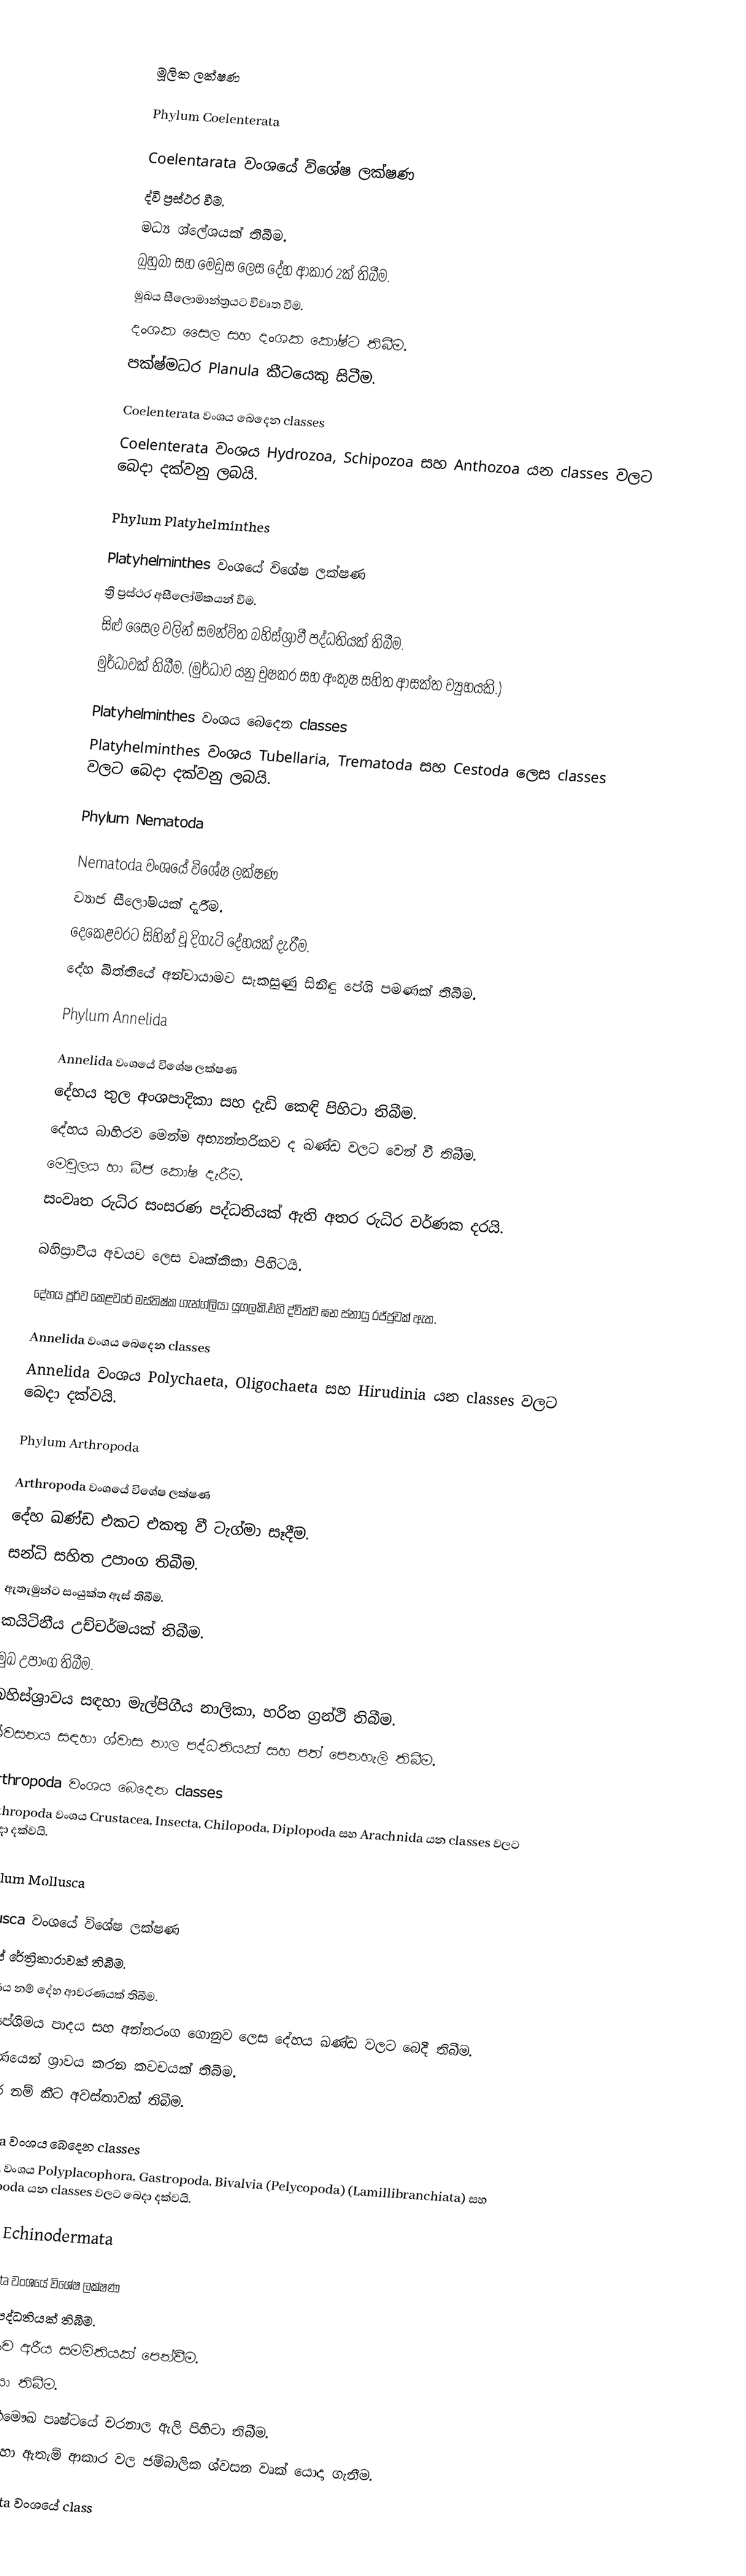

මූලික ලක්ෂණ

Phylum Coelenterata

Coelentarata වංශයේ විශේෂ ලක්ෂණ
ද්වි ප්‍රස්ථර වීම.
මධ්‍ය ශ්ලේශයක් තිබීම.
බුහුබා සහ මෙඩුස ලෙස දේහ ආකාර 2ක් තිබීම.
මුඛය සීලොමාන්ත්‍රයට විවෘත වීම.
දංශක සෛල සහ දංශක කෝෂ්ට තිබීම.
පක්ෂ්මධර Planula කීටයෙකු සිටීම.

Coelenterata වංශය බෙදෙන classes
Coelenterata වංශය Hydrozoa, Schipozoa සහ Anthozoa යන classes වලට බෙදා දක්වනු ලබයි.

Phylum Platyhelminthes

Platyhelminthes වංශයේ විශේෂ ලක්ෂණ
ත්‍රි ප්‍රස්ථර අසීලෝමිකයන් වීම.
සිළු සෛල වලින් සමන්විත බහිස්ශ්‍රාවී පද්ධතියක් තිබීම.
මුර්ධාවක් තිබීම. (මුර්ධාව යනු චුෂකර සහ අංකුෂ සහිත ආසක්ත ව්‍යුහයකි.)

Platyhelminthes වංශය බෙදෙන classes
Platyhelminthes වංශය Tubellaria, Trematoda සහ Cestoda ලෙස classes වලට බෙදා දක්වනු ලබයි.

Phylum Nematoda

Nematoda වංශයේ විශේෂ ලක්ෂණ
ව්‍යාජ සීලෝමයක් දැරීම.
දෙකෙළවරට සිහින් වූ දිගැටි දේහයක් දැරීම.
දේහ බිත්තියේ අන්වායාමව සැකසුණු සිනිඳු පේශි පමණක් තිබීම.

Phylum Annelida

Annelida වංශයේ විශේෂ ලක්ෂණ
දේහය තුල අංශපාදිකා සහ දැඩි කෙඳි පිහිටා තිබීම.
දේහය බාහිරව මෙන්ම අභ්‍යන්තරිකව ද ඛණ්ඩ වලට වෙන් වී තිබීම.
මෙවුලය හා බීජ කෝෂ දැරීම.
සංවෘත රුධිර සංසරණ පද්ධතියක් ඇති අතර රුධිර වර්ණක දරයි.

බහිස්‍රාවීය අවයව ලෙස වෘක්කිකා පිහිටයි.

දේහය පූර්ව කෙළවරේ මස්තිෂ්ක ගැන්ග්ලියා යුගලකි.එහි ද්විත්ව ඝන ස්නායු රජ්ජුවක් ඇත.

Annelida වංශය බෙදෙන classes
Annelida වංශය Polychaeta, Oligochaeta සහ Hirudinia යන classes වලට බෙදා දක්වයි.

Phylum Arthropoda

Arthropoda වංශයේ විශේෂ ලක්ෂණ
දේහ ඛණ්ඩ එකට එකතු වී ටැග්මා සෑදීම.
සන්ධි සහිත උපාංග තිබීම.
ඇතැමුන්ට සංයුක්ත ඇස් තිබීම.
කයිටිනීය උච්චර්මයක් තිබීම.
මුඛ උපාංග තිබීම.
බහිස්ශ්‍රාවය සඳහා මැල්පිගීය නාලිකා, හරිත ග්‍රන්ථි තිබීම.
ශ්වසනය සඳහා ශ්වාස නාල පද්ධතියක් සහ පත් පෙනහැලි තිබීම.

Arthropoda වංශය බෙදෙන classes
Arthropoda වංශය Crustacea, Insecta, Chilopoda, Diplopoda සහ Arachnida යන classes වලට බෙදා දක්වයි.

Phylum Mollusca

Mollusca වංශයේ විශේෂ ලක්ෂණ
මුඛයේ රේත්‍රිකාරාවක් තිබීම.
ප්‍රවරණය නම් දේහ ආවරණයක් තිබීම.
හිස, පේශිමය පාදය සහ අන්තරංග ගොනුව ලෙස දේහය ඛණ්ඩ වලට බෙදී තිබීම.
ප්‍රාවරණයෙන් ශ්‍රාවය කරන කවචයක් තිබීම.
වෙලිජර් නම් කීට අවස්තාවක් තිබීම.

Mollusca වංශය බෙදෙන classes
Mollusca වංශය Polyplacophora, Gastropoda, Bivalvia (Pelycopoda) (Lamillibranchiata) සහ Cephalopoda යන classes වලට බෙදා දක්වයි.

Phylum Echinodermata

Echinodermata වංශයේ විශේෂ ලක්ෂණ
ජල වාහිනී පද්ධතියක් තිබීම.
සුහුඹුලා පංච අරීය සමමිතියක් පෙන්වීම.
පෙඩිසලේරියා තිබීම.
බාහු වල අභිමෞඛ පෘෂ්ටයේ චරනාල ඇලි පිහිටා තිබීම.
ශ්වසනය සඳහා ඇතැම් ආකාර වල ජම්බාලික ශ්වසන වෘක් යොදා ගැනීම.

Echinodermata වංශයේ class